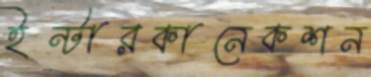
ইন্টারকানেকশন